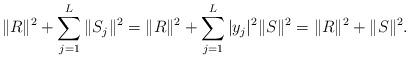
LaTeX: \begin{align*}\|R\|^2 + \sum_{j=1}^L\| S_j \|^2= \|R\|^2 + \sum_{j=1}^L |y_j|^2 \|S\|^2=\|R\|^2 + \|S\|^2.\end{align*}